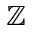
\mathbb { Z }